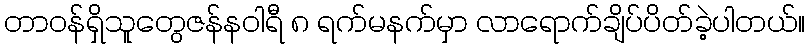
တာဝန်ရှိသူတွေဇန်နဝါရီ ၈ ရက်မနက်မှာ လာရောက်ချိပ်ပိတ်ခဲ့ပါတယ်။